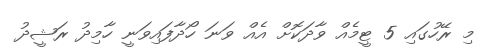
މި ރޭހުގައި 5 ޓީމެއް ވާދަކޮށް އެއް ވަނަ ހޯދާފައިވަނީ ހާމިދު ރަޝީދު